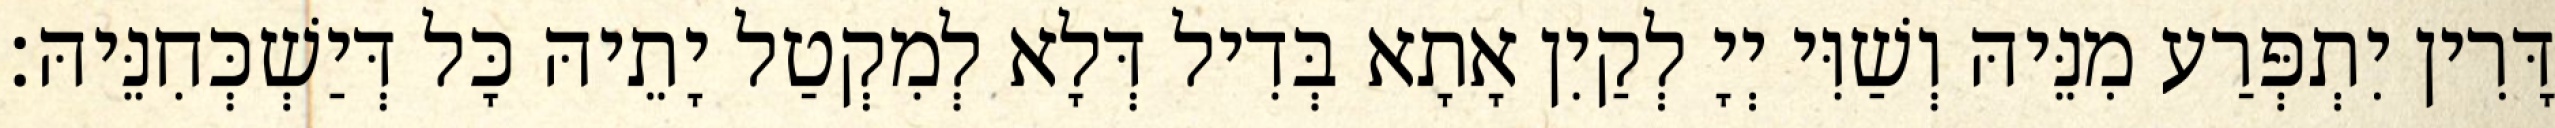
דָּרִין יִתְפְּרַע מִנֵּיהּ וְשַׁוִּי יְיָ לְקַיִן אָתָא בְּדִיל דְּלָא לְמִקְטַל יָתֵיהּ כָּל דְּיַשְׁכְּחִנֵּיהּ׃